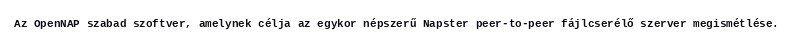
Az OpenNAP szabad szoftver, amelynek célja az egykor népszerű Napster peer-to-peer fájlcserélő szerver megismétlése.